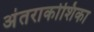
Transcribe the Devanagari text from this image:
अंतराकोशिका